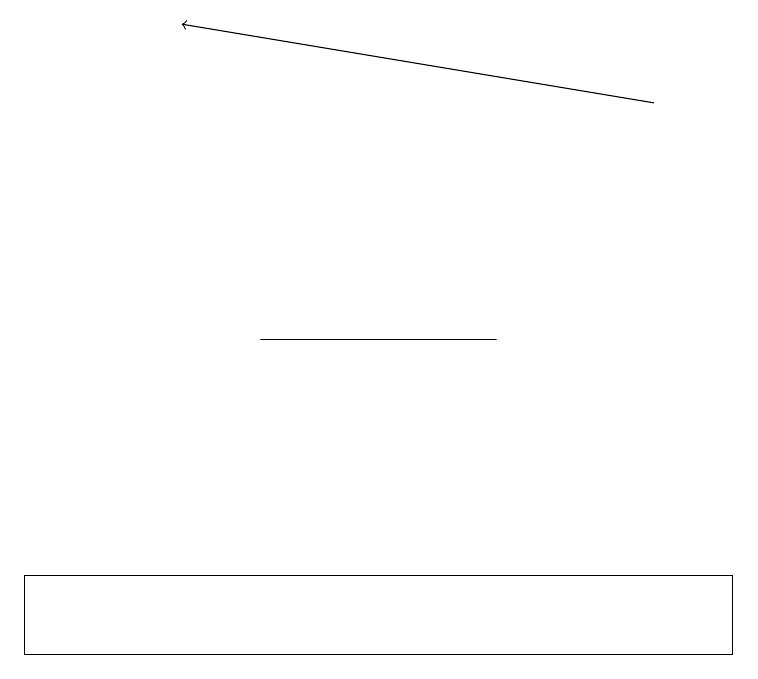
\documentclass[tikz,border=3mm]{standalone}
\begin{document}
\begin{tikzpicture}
\draw (9,10) rectangle (0,11);
\draw[->] (8,17) -- (2,18);
\draw (3,14) rectangle (6,14);
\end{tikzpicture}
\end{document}